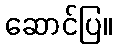
ဆောင်ပြ။